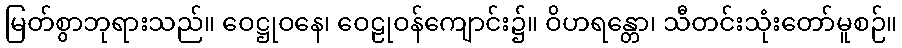
မြတ်စွာဘုရားသည်။ ဝေဋ္ဌုဝနေ၊ ဝေဠုဝန်ကျောင်း၌။ ဝိဟရန္တော၊ သီတင်းသုံးတော်မူစဉ်။